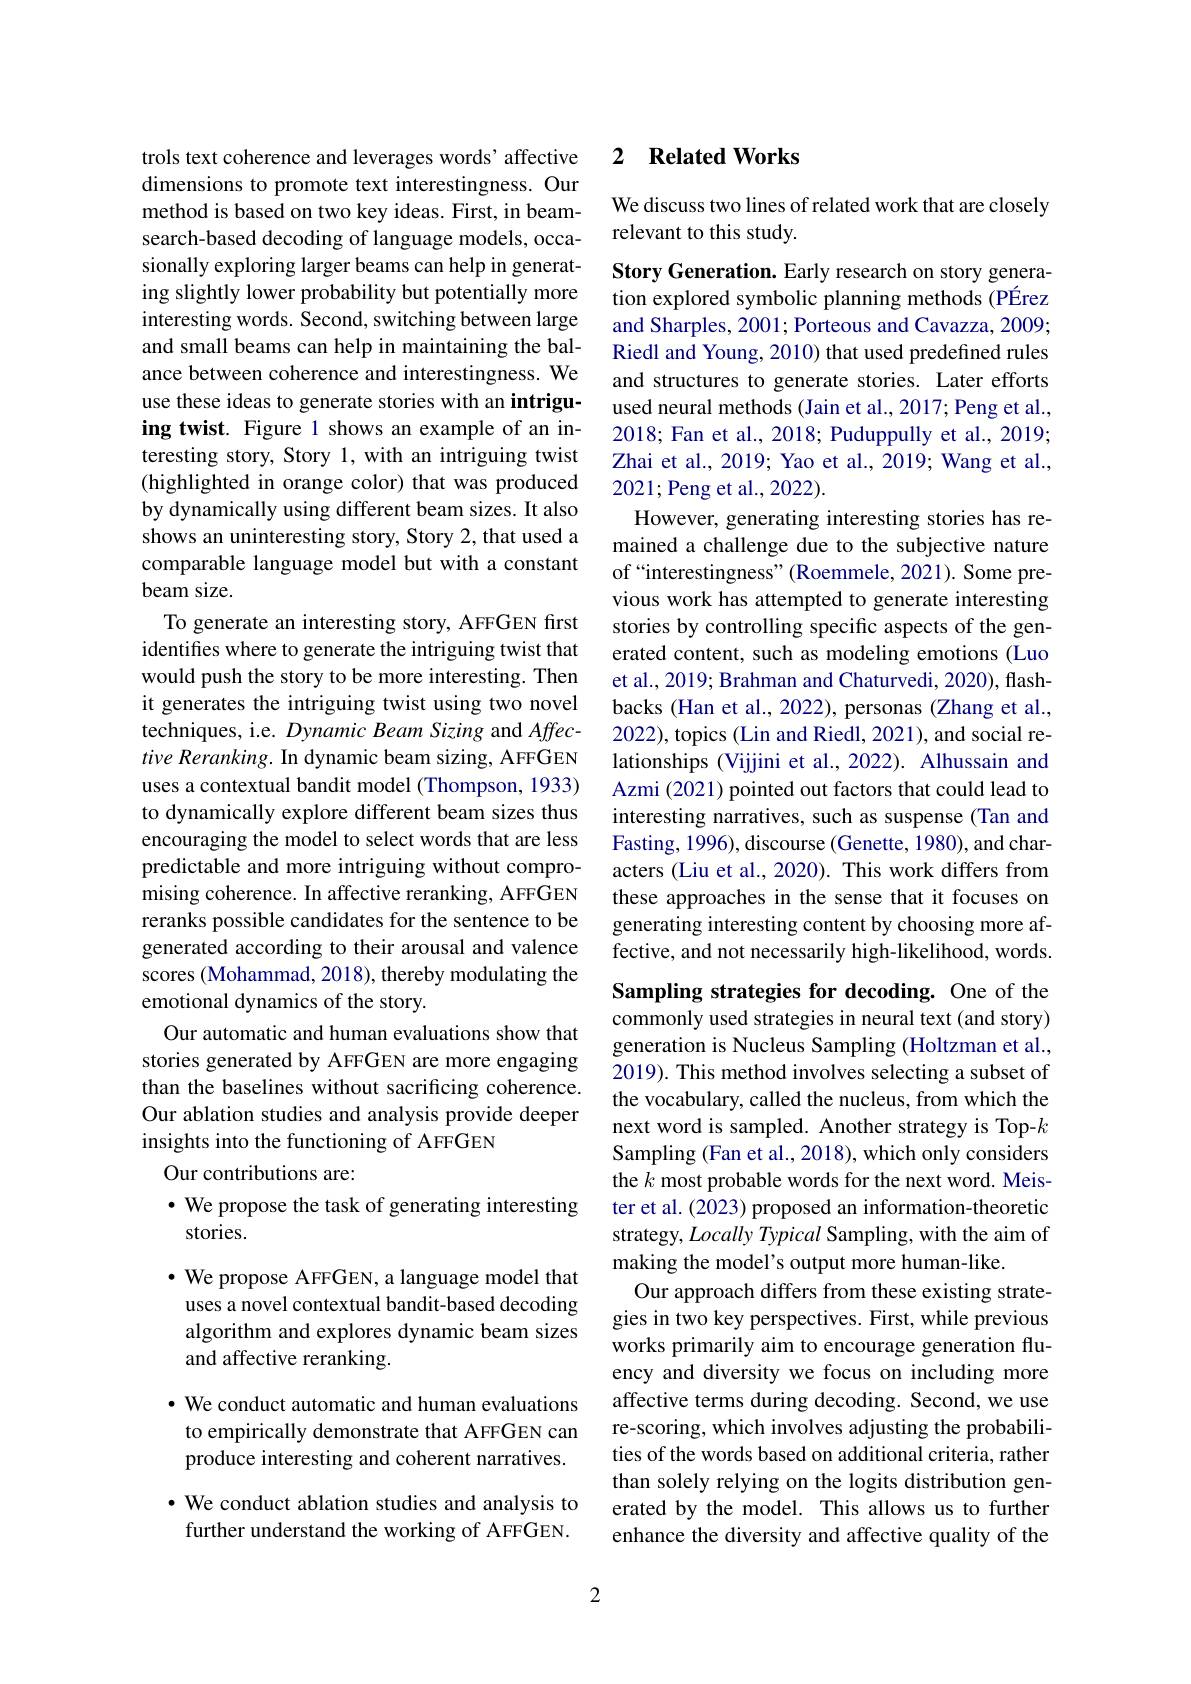
trols text coherence and leverages words' affective dimensions to promote text interestingness. Our method is based on two key ideas. First, in beamsearch-based decoding of language models, occasionally exploring larger beams can help in generating slightly lower probability but potentially more interesting words. Second, switching between large and small beams can help in maintaining the balance between coherence and interestingness.We use these ideas to generate stories with an intriguing twist. Figure 1 shows an example of an interesting story, Story 1, with an intriguing twist (highlighted in orange color) that was produced by dynamically using different beam sizes. It also shows an uninteresting story, Story 2, that used a comparable language model but with a constant beam size.
To generate an interesting story, AFFGEN first identifies where to generate the intriguing twist that would push the story to be more interesting. Then it generates the intriguing twist using two novel techniques, i.e. Dynamic Beam Sizing and Affective Reranking. In dynamic beam sizing, AFFGEN uses a contextual bandit model (Thompson, 1933) to dynamically explore different beam sizes thus encouraging the model to select words that are less predictable and more intriguing without compromising coherence. In affective reranking, AFFGEN reranks possible candidates for the sentence to be generated according to their arousal and valence scores (Mohammad, 2018), thereby modulating the emotional dynamics of the story.
Our automatic and human evaluations show that stories generated by AFFGEN are more engaging than the baselines without sacrificing coherence. Our ablation studies and analysis provide deeper insights into the functioning of AFFGEN
Our contributions are:
· We propose the task of generating interesting

stories.

$\bullet$ We propose AFFGEN, a language model that uses a novel contextual bandit-based decoding algorithm and explores dynamic beam sizes and affective reranking.

· We conduct automatic and human evaluations to empirically demonstrate that AFFGEN can produce interesting and coherent narratives.

· We conduct ablation studies and analysis to further understand the working of AFFGEN.

## 2 $\textbf{Related Works}$

We discuss two lines of related work that are closely
relevant to this study.

Story Generation. Early research on story generation explored symbolic planning methods (PÉrez and Sharples, 2001; Porteous and Cavazza, 2009; Riedl and Young, 2010) that used predefined rules and structures to generate stories. Later efforts used neural methods (Jain et al., 2017; Peng et al., 2018; Fan et al., 2018; Puduppully et al., 2019; Zhai et al., 2019; Yao et al., 2019; Wang et al., 2021; Peng et al., 2022).
However, generating interesting stories has remained a challenge due to the subjective nature of“interestingness”(Roemmele, 2021). Some previous work has attempted to generate interesting stories by controlling specific aspects of the generated content, such as modeling emotions (Luo et al., 2019; Brahman and Chaturvedi, 2020), flashbacks (Han et al., 2022), personas (Zhang et al., 2022), topics (Lin and Riedl, 2021), and social relationships (Vijjini et al., 2022). Alhussain and Azmi (2021) pointed out factors that could lead to interesting narratives, such as suspense (Tan and Fasting, 1996), discourse (Genette, 1980), and characters (Liu et al., 2020). This work differs from these approaches in the sense that it focuses on generating interesting content by choosing more affective, and not necessarily high-likelihood, words.

Sampling strategies for decoding. One of the commonly used strategies in neural text (and story) generation is Nucleus Sampling (Holtzman et al., 2019). This method involves selecting a subset of the vocabulary, called the nucleus, from which the next word is sampled. Another strategy is Top-$k$ Sampling (Fan et al., 2018), which only considers the $k$ most probable words for the next word. Meister et al. (2023) proposed an information-theoretic strategy, Locally Typical Sampling, with the aim of making the model's output more human-like.
Our approach differs from these existing strategies in two key perspectives. First, while previous works primarily aim to encourage generation fluency and diversity we focus on including more affective terms during decoding. Second, we use re-scoring, which involves adjusting the probabilities of the words based on additional criteria, rather than solely relying on the logits distribution generated by the model. This allows us to further enhance the diversity and affective quality of the

2